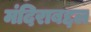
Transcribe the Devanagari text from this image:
मंदिराबद्दल